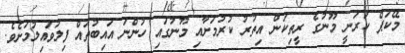
މޭކަޕް ކުރަނީ މޫނުގެ ރީތިކަން އިތުރު ކުރުމަށާއި މޫނުގައި ހުންނަ އައިބުތައް ފިލުވައިލުމަށެވެ.